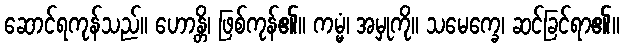
ဆောင်ရကုန်သည်။ ဟောန္တိ၊ ဖြစ်ကုန်၏။ ကမ္မံ၊ အမှုကို။ သမေက္ခေ၊ ဆင်ခြင်ရာ၏။